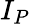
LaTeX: I_{P}